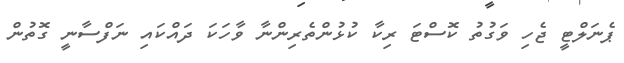
ޕެނަލްޓީ ޖެހި ވަގުތު ކޮސްޓަ ރިކާ ކުޅުންތެރިންނާ ވާހަކަ ދައްކައި ނަފްސާނީ ގޮތުން